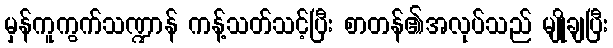
မှန်ကူကွက်သဏ္ဍာန် ကန့်သတ်သင့်ပြီး စာတန်၏အလုပ်သည် မျိုချပြီး